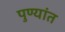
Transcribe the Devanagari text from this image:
पुण्यांत